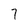
Character: 7